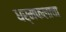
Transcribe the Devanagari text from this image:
धर्मफलाचा